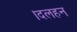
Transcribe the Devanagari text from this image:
।दलहन